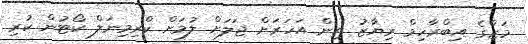
މަޒާގެ އިބްރާހިމް ރިޔާޒު ތިން އަހަރަށް ޖަލަށް ލުމަށް ކްރިމިނަލް ކޯޓުން ކުރި